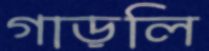
গাড়লি